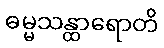
ဓမ္မသန္ထာရောတိ